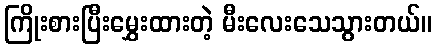
ကြိုးစားပြီးမွှေးထားတဲ့ မီးလေးသေသွားတယ်။